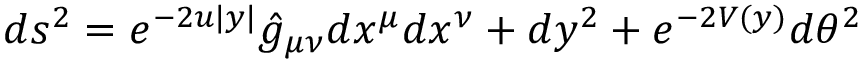
d s ^ { 2 } = e ^ { - 2 u | y | } \hat { g } _ { \mu \nu } d x ^ { \mu } d x ^ { \nu } + d y ^ { 2 } + e ^ { - 2 V ( y ) } d \theta ^ { 2 }